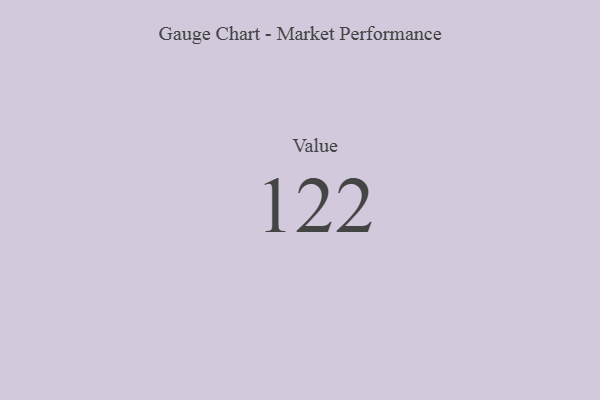
{"axis": {"x": "Metric", "y": "Value"}, "legend": [""], "data": [{"x": "Value", "y": 122, "type": ""}]}